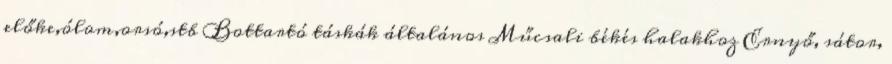
előke,ólom,orsó,stb Bottartó táskák általános Műcsali békés halakhoz Ernyő, sátor,